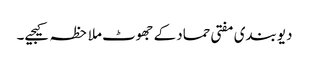
دیوبندی مفتی حماد کے جھوٹ ملاحظہ کیجیے۔